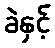
ခဲနှင့်